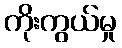
ကိုးကွယ်မှု